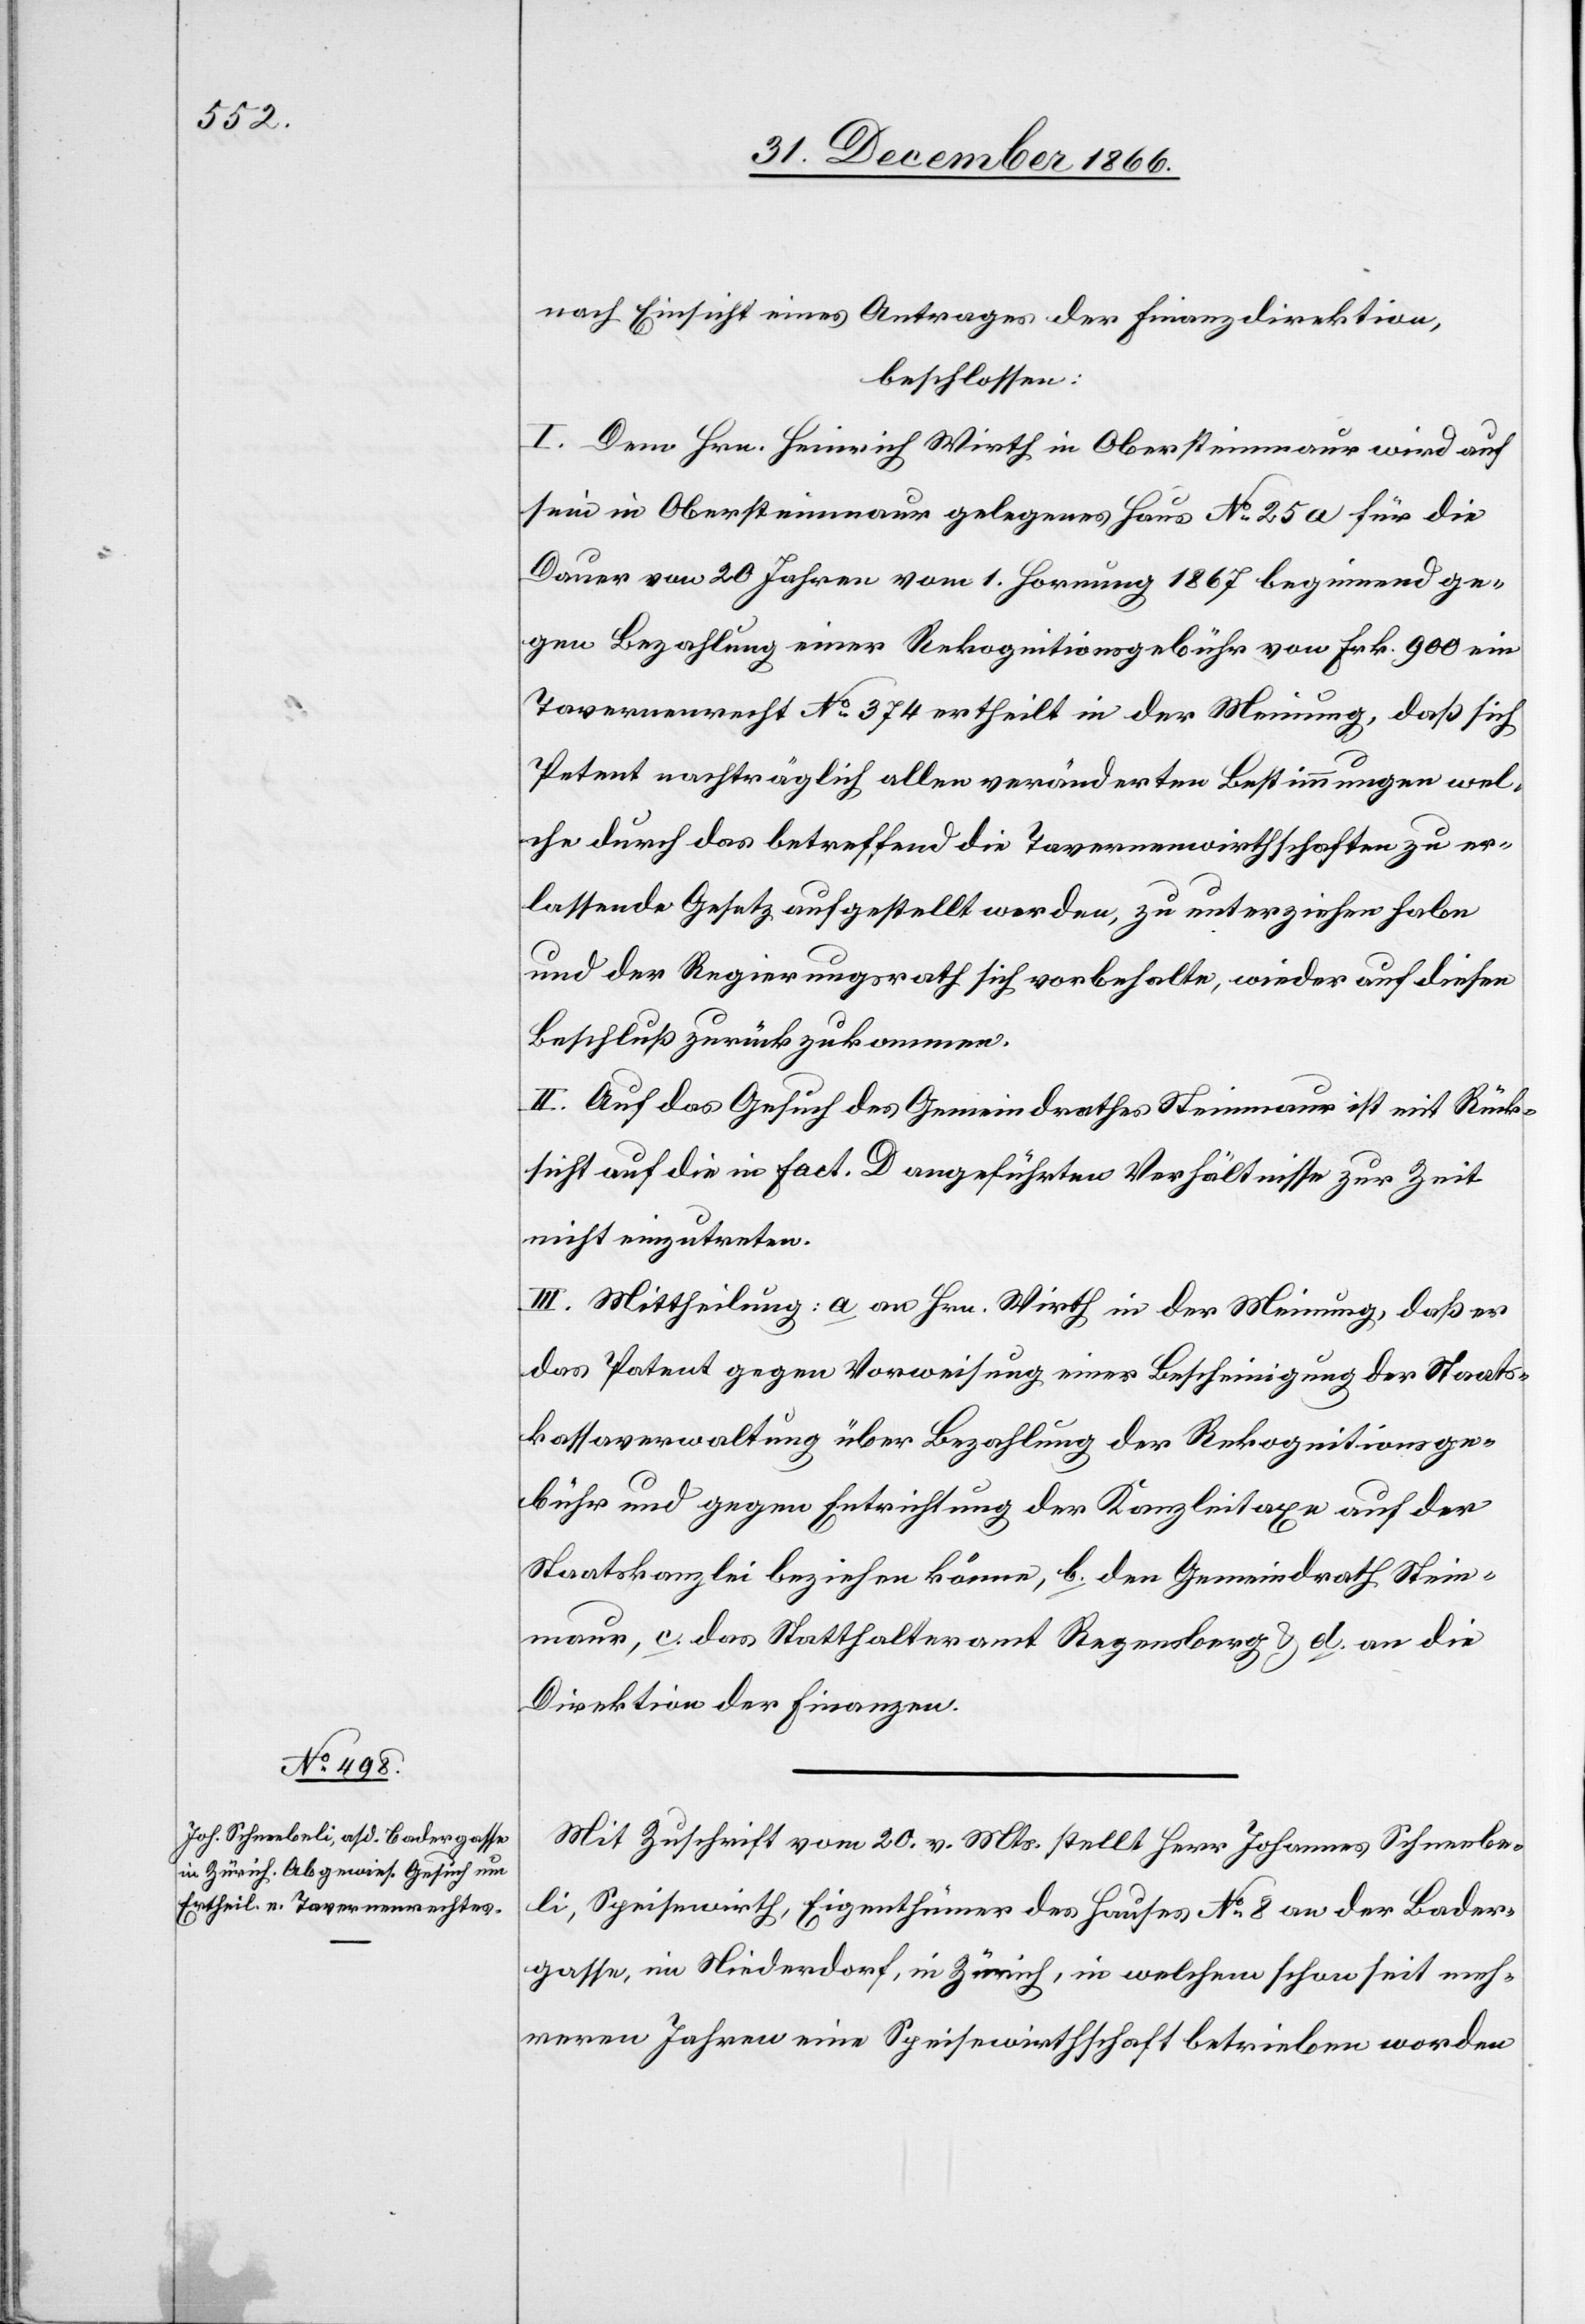
nach Einsicht eines Antrages der Finanzdirektion,
beschlossen:
I. Dem Hrn. Heinrich Wirth in Obersteinmaur wird auf
sein in Obersteinmaur gelegenes Haus No. 25 a für die
Dauer von 20 Jahren vom 1. Hornung 1867 beginnend ge¬
gen Bezahlung einer Rekognitionsgebühr von Frk. 900 ein
Tavernenrecht No. 374 ertheilt in der Meinung, daß sich
Petent nachträglich allen veränderten Bestimmungen wel¬
che durch das betreffend die Tavernenwirthschaften zu er¬
lassende Gesetz aufgestellt werden, zu unterziehen habe
und der Regierungsrath sich vorbehalte, wieder auf diesen
Beschluß zurückzukommen.
II. Auf das Gesuch des Gemeindrathes Steinmaur ist mit Rück¬
sicht auf die in Fact. D angeführten Verhältnisse zur Zeit
nicht einzutreten.
III. Mittheilung: a. an Hrn. Wirth in der Meinung, daß er
das Patent gegen Vorweisung einer Bescheinigung der Staats¬
kassaverwaltung über Bezahlung der Rekognitionsge¬
bühr und gegen Entrichtung der Kanzleitaxe auf der
Staatskanzlei beziehen könne, b. den Gemeindrath Stein¬
maur, c. das Statthalteramt Regensberg & d. an die
Direktion der Finanzen.
Mit Zuschrift vom 20. v. Mts. stellt Herr Johannes Schneebe¬
li, Speisewirth, Eigenthümer des Hauses No. 8 an der Bader¬
gasse, im Niederdorf, in Zürich, in welchem schon seit meh¬
reren Jahren eine Speisewirthschaft betrieben worden